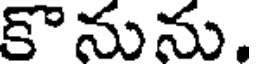
కొనును.